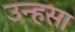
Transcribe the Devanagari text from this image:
उन्हसा